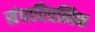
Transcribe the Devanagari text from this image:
संधारितत्विक